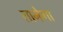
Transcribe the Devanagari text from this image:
तानेगा